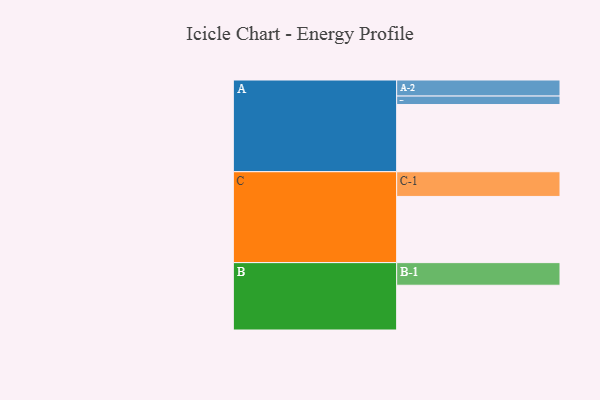
{"axis": {"x": "Segment", "y": "Value"}, "legend": ["", "A", "B", "C"], "data": [{"x": "A", "y": 574, "type": ""}, {"x": "B", "y": 382, "type": ""}, {"x": "C", "y": 565, "type": ""}, {"x": "A-1", "y": 72, "type": "A"}, {"x": "A-2", "y": 137, "type": "A"}, {"x": "B-1", "y": 193, "type": "B"}, {"x": "C-1", "y": 211, "type": "C"}]}